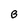
Character: B